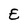
Character: E